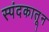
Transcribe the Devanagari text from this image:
स्पंदकातून